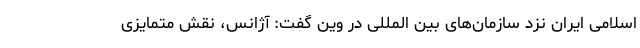
اسلامی ایران نزد سازمان‌های بین المللی در وین گفت: آژانس، نقش متمایزی